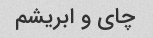
چای و ابریشم